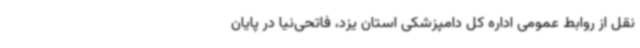
نقل از روابط عمومی اداره کل دامپزشکی استان یزد، فاتحی‌نیا در پایان